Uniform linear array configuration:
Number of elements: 32
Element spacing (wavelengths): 0.75
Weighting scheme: binomial
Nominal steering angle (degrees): -45
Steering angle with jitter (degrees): -43.714
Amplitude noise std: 0.05
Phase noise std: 0.05

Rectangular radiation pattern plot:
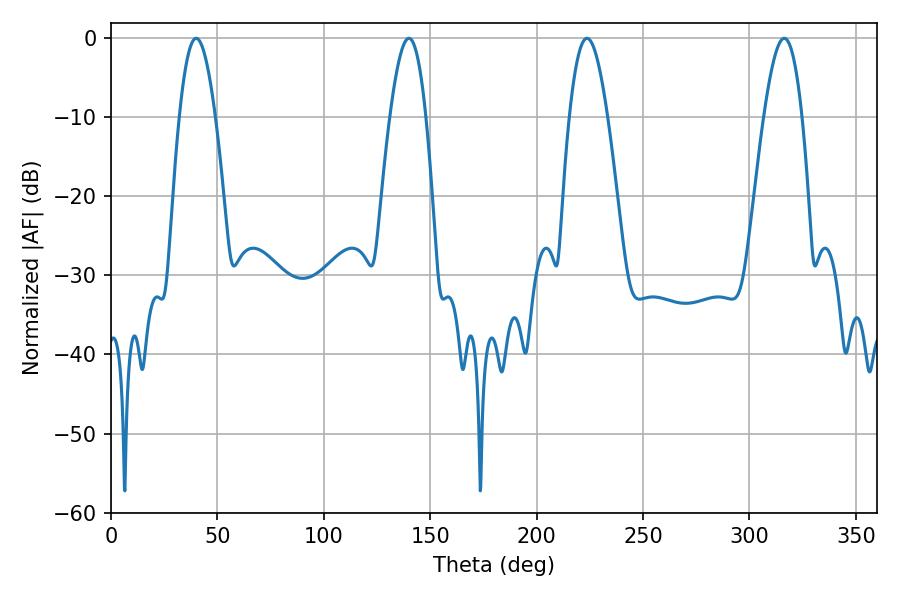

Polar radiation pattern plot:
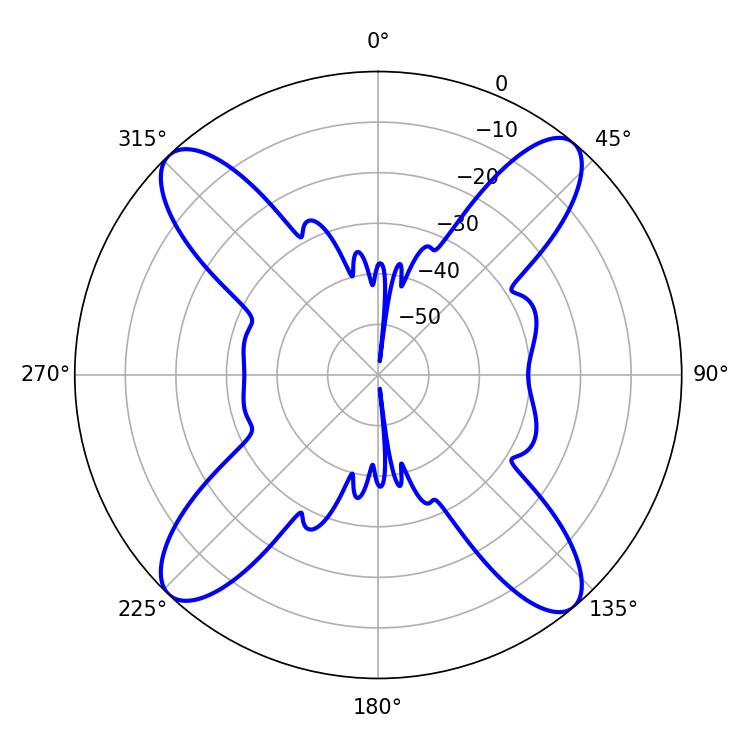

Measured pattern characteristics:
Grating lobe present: TRUE
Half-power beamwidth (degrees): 9.18
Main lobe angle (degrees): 39.96